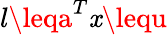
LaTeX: l\leqa^{T}\mathit{x}\lequ